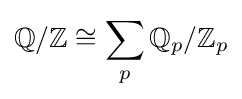
\mathbb {Q} /\mathbb {Z} \cong \sum _{p}\mathbb {Q} _{p}/\mathbb {Z} _{p}